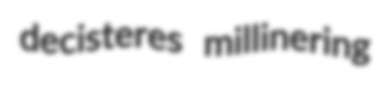
decisteres millinering